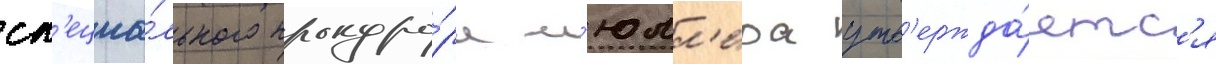
сп'ециа́льного прокуро́ра м'юлл'ера утв'ержда́етс'я